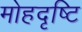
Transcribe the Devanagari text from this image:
मोहदृष्टि